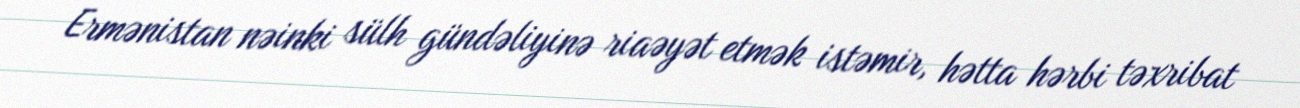
Ermənistan nəinki sülh gündəliyinə riaəyət etmək istəmir, hətta hərbi təxribat